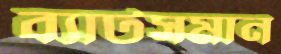
ব্যাটসমান